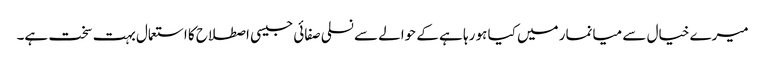
میرے خیال سے میانمار میں کیا ہو رہا ہے کے حوالے سے نسلی صفائی جیسی اصطلاح کا استعمال بہت سخت ہے۔